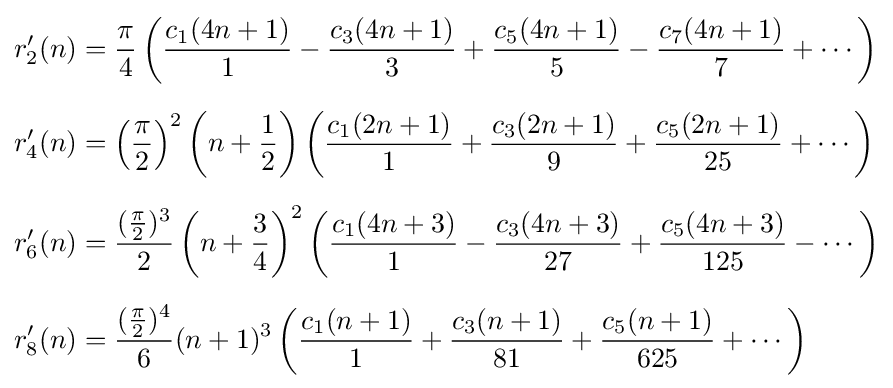
{\begin{aligned}r'_{2}(n)&={\frac {\pi }{4}}\left({\frac {c_{1}(4n+1)}{1}}-{\frac {c_{3}(4n+1)}{3}}+{\frac {c_{5}(4n+1)}{5}}-{\frac {c_{7}(4n+1)}{7}}+\cdots \right)\\[6pt]r'_{4}(n)&=\left({\frac {\pi }{2}}\right)^{2}\left(n+{\frac {1}{2}}\right)\left({\frac {c_{1}(2n+1)}{1}}+{\frac {c_{3}(2n+1)}{9}}+{\frac {c_{5}(2n+1)}{25}}+\cdots \right)\\[6pt]r'_{6}(n)&={\frac {({\frac {\pi }{2}})^{3}}{2}}\left(n+{\frac {3}{4}}\right)^{2}\left({\frac {c_{1}(4n+3)}{1}}-{\frac {c_{3}(4n+3)}{27}}+{\frac {c_{5}(4n+3)}{125}}-\cdots \right)\\[6pt]r'_{8}(n)&={\frac {({\frac {\pi }{2}})^{4}}{6}}(n+1)^{3}\left({\frac {c_{1}(n+1)}{1}}+{\frac {c_{3}(n+1)}{81}}+{\frac {c_{5}(n+1)}{625}}+\cdots \right)\end{aligned}}